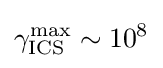
\gamma _{\text{ICS}}^{\text{max}}\sim 10^{8}